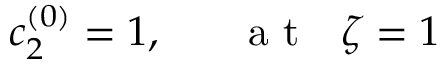
c _ { 2 } ^ { ( 0 ) } = 1 , ~ ~ ~ ~ ~ \mathrm { ~ a ~ t ~ } ~ ~ \zeta = 1